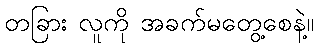
တခြား လူကို အခက်မတွေ့စေနဲ့။